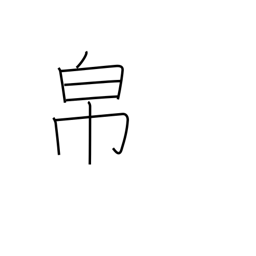
Meaning: cloth